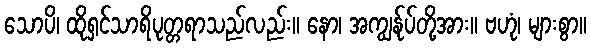
သောပိ၊ ထိုရှင်သာရိပုတ္တရာသည်လည်း။ နော၊ အကျွန်ုပ်တို့အား။ ဗဟုံ၊ များစွာ။